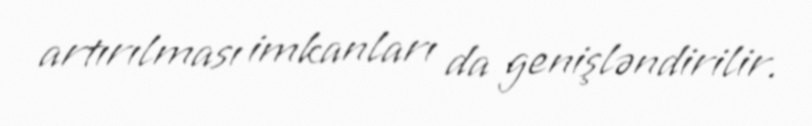
artırılması imkanları da genişləndirilir.